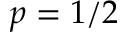
p = 1 / 2